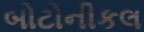
બોટોનીકલ